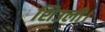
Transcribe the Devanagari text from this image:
शिउली।